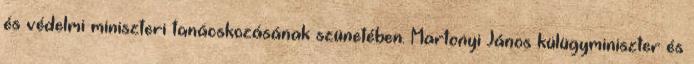
és védelmi miniszteri tanácskozásának szünetében. Martonyi János külügyminiszter és